Indian journal of veterinary science and animal husbandry - Volume 2,
Year: 1932
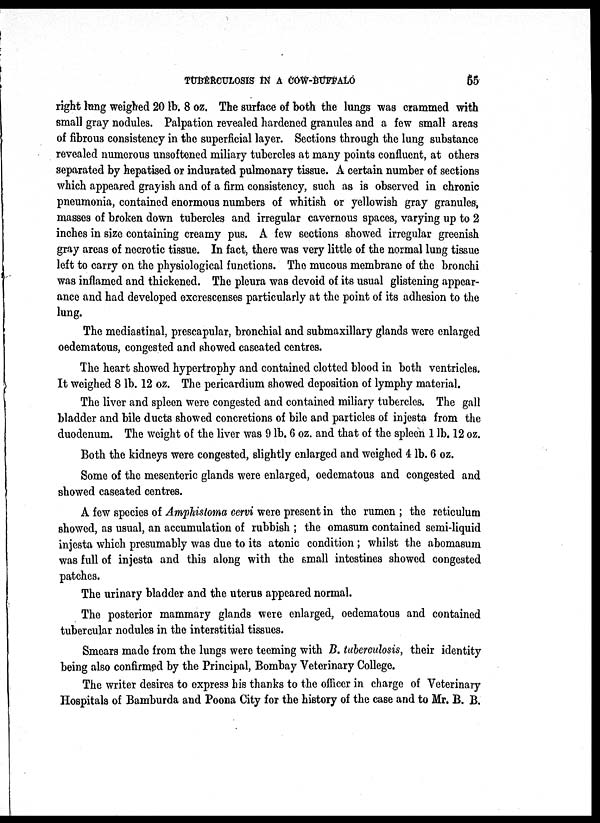
TUBERCULOSIS IN A COW-BUFFALO
55
right lung weighed 20 lb. 8 oz. The surface of both the lungs was crammed with
small gray nodules. Palpation revealed hardened granules and a few small areas
of fibrous consistency in the superficial layer. Sections through the lung substance
revealed numerous unsoftened miliary tubercles at many points confluent, at others
separated by hepatised or indurated pulmonary tissue. A certain number of sections
which appeared grayish and of a firm consistency, such as is observed in chronic
pneumonia, contained enormous numbers of whitish or yellowish gray granules,
masses of broken down tubercles and irregular cavernous spaces, varying up to 2
inches in size containing creamy pus. A few sections showed irregular greenish
gray areas of necrotic tissue. In fact, there was very little of the normal lung tissue
left to carry on the physiological functions. The mucous membrane of the bronchi
was inflamed and thickened. The pleura was devoid of its usual glistening appear-
ance and had developed excrescenses particularly at the point of its adhesion to the
lung.
The mediastinal, prescapular, bronchial and submaxillary glands were enlarged
oedematous, congested and showed caseated centres.
The heart showed hypertrophy and contained clotted blood in both ventricles.
It weighed 8 lb. 12 oz. The pericardium showed deposition of lymphy material.
The liver and spleen were congested and contained miliary tubercles. The gall
bladder and bile ducts showed concretions of bile and particles of injesta from the
duodenum. The weight of the liver was 9 lb. 6 oz. and that of the spleen 1 lb. 12 oz.
Both the kidneys were congested, slightly enlarged and weighed 4 lb. 6 oz.
Some of the mesenteric glands were enlarged, oedematous and congested and
showed caseated centres.
A few species of Amphistoma cervi were present in the rumen ; the reticulum
showed, as usual, an accumulation of rubbish ; the omasum contained semi-liquid
injesta which presumably was due to its atonic condition ; whilst the abomasum
was full of injesta and this along with the small intestines showed congested
patches.
The urinary bladder and the uterus appeared normal.
The posterior mammary glands were enlarged, oedematous and contained
tubercular nodules in the interstitial tissues.
Smears made from the lungs were teeming with B. tuberculosis, their identity
being also confirmed by the Principal, Bombay Veterinary College.
The writer desires to express his thanks to the officer in charge of Veterinary
Hospitals of Bamburda and Poona City for the history of the case and to Mr. B. B.